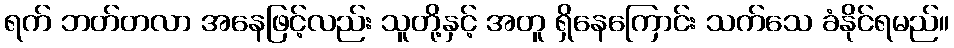
ရက် ဘတ်တလာ အနေဖြင့်လည်း သူတို့နှင့် အတူ ရှိနေကြောင်း သက်သေ ခံနိုင်ရမည်။